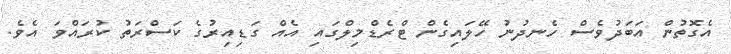
އެގޮތުން އަބަދުވެސް ހެނދުނު ހޭލައިގެން ޓްރެޑްމިލްގައި އެއް ގަޑިއިރުގެ ކަސްރަތު ކުރައްވަ އެވެ.